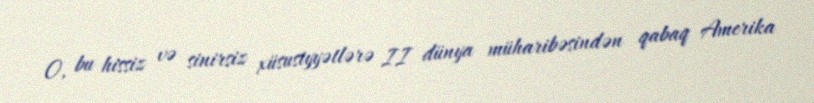
O, bu hissiz və sinirsiz xüsusiyyətlərə II dünya müharibəsindən qabaq Amerika